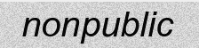
nonpublic